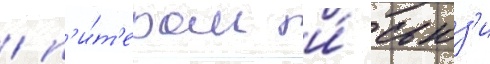
/ п'и́т'ером и́ сьюз'и